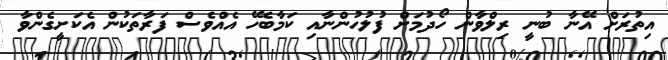
އިތުރަށް އޭނާ ބުނީ ރިލްވާން ހޯދުމަށް ފުލުހުންނާއި ކަމާބެހޭ އެއްވެސް ފަރާތަކުން އެކަށީގެންވާ